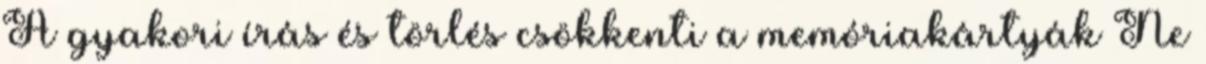
A gyakori írás és törlés csökkenti a memóriakártyák Ne